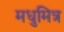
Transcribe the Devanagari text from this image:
मधुमित्र